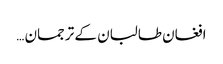
افغان طالبان کے ترجمان …